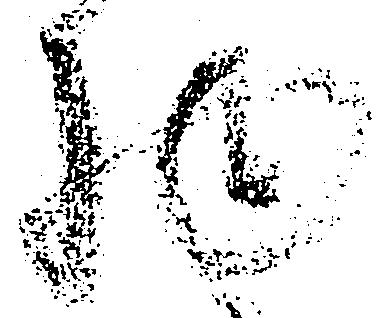
物